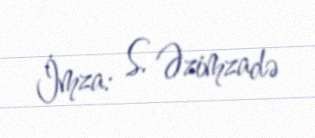
İmza: S. Əzimzadə